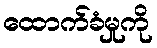
ထောက်ခံမှုကို